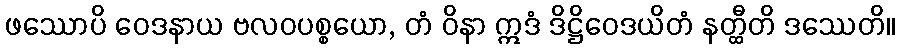
ဖဿောပိ ဝေဒနာယ ဗလဝပစ္စယော, တံ ဝိနာ ဣဒံ ဒိဋ္ဌိဝေဒယိတံ နတ္ထီတိ ဒဿေတိ။